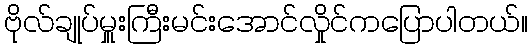
ဗိုလ်ချုပ်မှူးကြီးမင်းအောင်လှိုင်ကပြောပါတယ်။